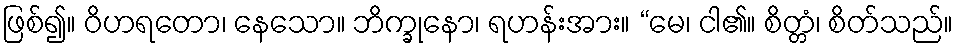
ဖြစ်၍။ ဝိဟရတော၊ နေသော။ ဘိက္ခုနော၊ ရဟန်းအား။ “မေ၊ ငါ၏။ စိတ္တံ၊ စိတ်သည်။